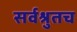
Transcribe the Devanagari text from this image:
सर्वश्रुतच